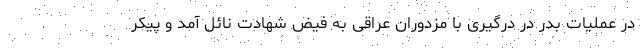
در عملیات بدر در درگیری با مزدوران عراقی به فیض شهادت نائل آمد و پیکر